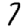
Digit: 7